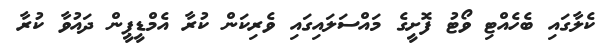
ކެލާގައި ބެހެއްޓި ވޯޓު ފޮށީގެ މައްސަލައިގައި ވެރިކަން ކުރާ އެމްޑީޕީން ދައުވާ ކުރާ